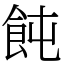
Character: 飩